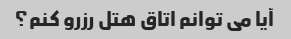
آیا می توانم اتاق هتل رزرو کنم؟